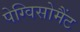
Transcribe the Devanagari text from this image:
पेग्विसोमैंट